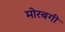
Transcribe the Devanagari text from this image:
मोरबगी